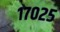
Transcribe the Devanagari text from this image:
१७०२५